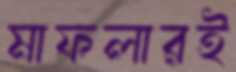
মাফলারই